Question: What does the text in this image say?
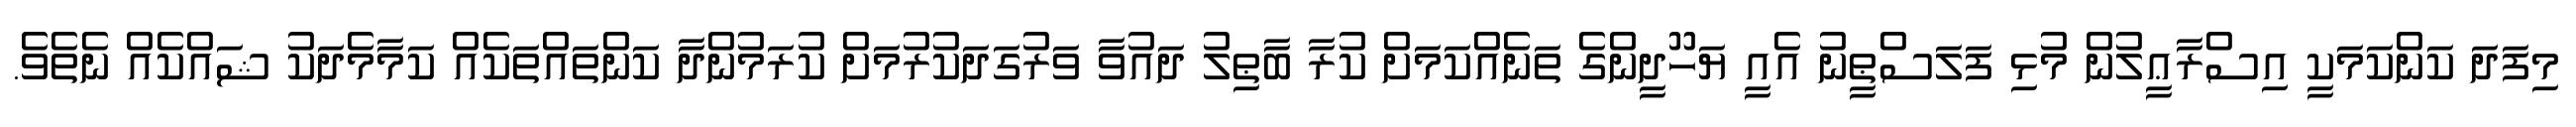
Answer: މިފަދަ ކަންކަމަކީ އިސްރާޢީލުން މުޅި ފަލަސްޠީނު އެއީ ޔަހޫދީންގެ ތަނެއްކަމަށް ކުރާ ބާޠިލު ދައުވާ ވަރުގަދަކުރުމަށް ކުރަމުންދާ ކަންތައްތަކެއް ކަމާމެދަކު ޝައްކެއް ނެތެވެ.